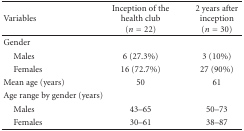
<table><thead><tr><td><b>Variables</b></td><td><b>Inception of the health club(<i>n</i> = 22)</b></td><td><b>2 years after inception(<i>n</i> = 30)</b></td></tr></thead><tbody><tr><td>Gender</td><td> </td><td> </td></tr><tr><td> Males</td><td>6 (27.3%)</td><td>3 (10%)</td></tr><tr><td> Females</td><td>16 (72.7%)</td><td>27 (90%)</td></tr><tr><td>Mean age (years)</td><td>50</td><td>61</td></tr><tr><td>Age range by gender (years)</td><td> </td><td> </td></tr><tr><td> Males</td><td>43–65</td><td>50–73</td></tr><tr><td> Females</td><td>30–61</td><td>38–87</td></tr></tbody></table>